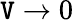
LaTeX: \mathtt{V}\rightarrow0